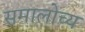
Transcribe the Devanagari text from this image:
समालोच्य